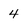
Character: 4